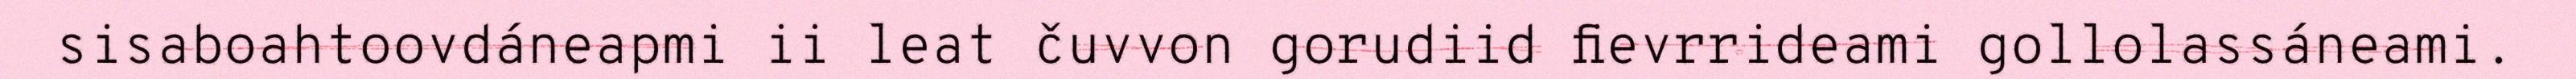
sisaboahtoovdáneapmi ii leat čuvvon gorudiid fievrrideami gollolassáneami.